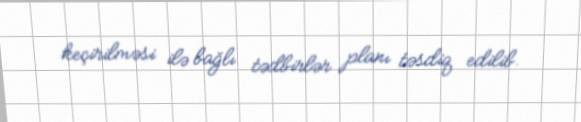
keçirilməsi ilə bağlı tədbirlər planı təsdiq edilib.